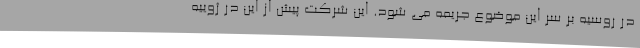
در روسیه بر سر این موضوع جریمه می شود. این شرکت پیش از این در ژوییه